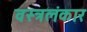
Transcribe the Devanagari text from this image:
वस्त्रलंकार